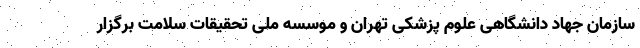
سازمان جهاد دانشگاهی علوم پزشکی تهران و موسسه ملی تحقیقات سلامت برگزار